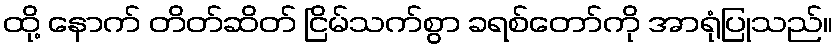
ထို့ နောက် တိတ်ဆိတ် ငြိမ်သက်စွာ ခရစ်တော်ကို အာရုံပြုသည်။